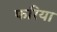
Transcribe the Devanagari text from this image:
फरिया